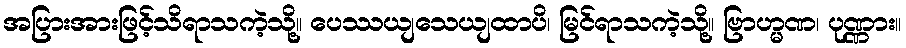
အပြားအားဖြင့်သိရာသကဲ့သို့။ ပေဿယျသေယျထာပိ၊ မြင်ရာသကဲ့သို့။ ဗြာဟ္မဏ၊ ပုဏ္ဏား။